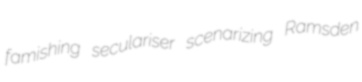
famishing seculariser scenarizing Ramsden